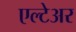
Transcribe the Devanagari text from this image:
एल्टेअर